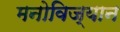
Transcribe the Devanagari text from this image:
मनोविज्यान